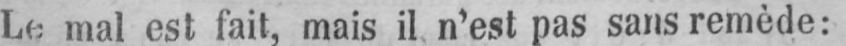
Le mal est fait, mais il n’est pas sans remède: